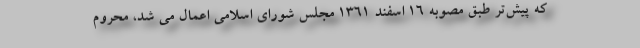
که پیش‌تر طبق مصوبه ۱۶ اسفند ۱۳۶۱ مجلس شورای اسلامی اعمال می شد، محروم